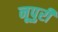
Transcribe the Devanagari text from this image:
नूपुरी